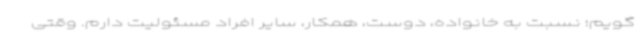
‌گویم؛ نسبت به خانواده، دوست، همکار، سایر افراد مسئولیت دارم. وقتی